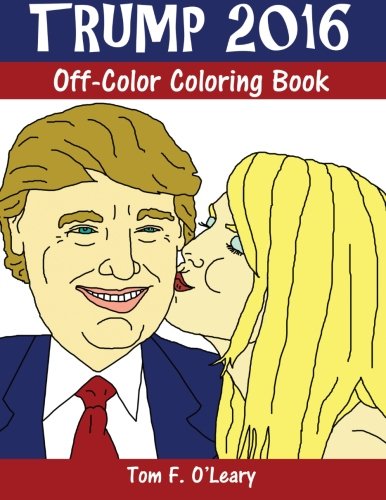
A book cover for Trump 2016: Off-Color Coloring Book (Off-Color Coloring Books); Tom F. O'Leary; Humor & Entertainment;